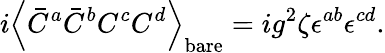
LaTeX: i\left<\bar{C}^{a}\bar{C}^{b}C^{c}C^{d}\right>_{\mathrm{bare}}=ig^{2}\zeta\epsilon^{ab}\epsilon^{cd}.